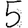
Digit: 5